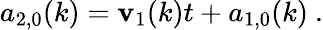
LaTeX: a_{2,0}(k)=\mathbf{v}_{1}(k)t+a_{1,0}(k)\ .